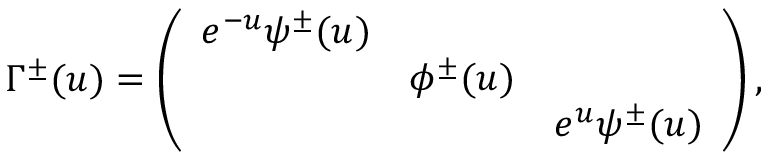
\Gamma ^ { \pm } ( u ) = \left( \begin{array} { c c c } { { e ^ { - u } \psi ^ { \pm } ( u ) } } & { { } } & { { } } \\ { { } } & { { \phi ^ { \pm } ( u ) } } & { { } } \\ { { } } & { { } } & { { e ^ { u } \psi ^ { \pm } ( u ) } } \end{array} \right) ,